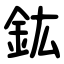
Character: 鈜